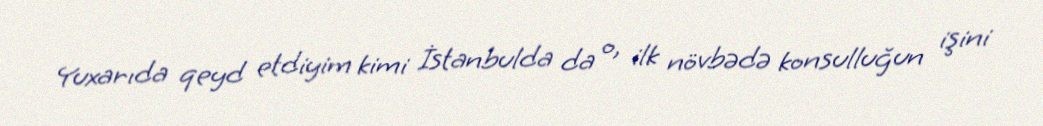
Yuxarıda qeyd etdiyim kimi İstanbulda da o, ilk növbədə konsulluğun işini